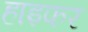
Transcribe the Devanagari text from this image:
हाइफर